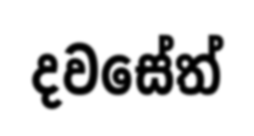
දවසේත්